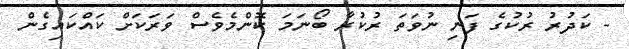
- ކަދުރު ރުކުގެ ފަނި ނުވަތަ ރުކުރާ ބޯނަމަ ކޮންމެވެސް ވަރަކަށް ކައްކައިގެން